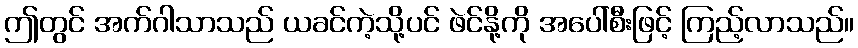
ဤတွင် အက်ဂါသာသည် ယခင်ကဲ့သို့ပင် ဖဲင်နို့ကို အပေါ်စီးဖြင့် ကြည့်လာသည်။